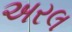
અરલ